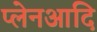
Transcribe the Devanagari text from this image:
प्लेनआदि